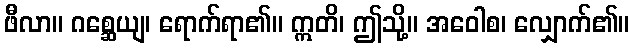
ဖီလာ။ ဂစ္ဆေယျ၊ ရောက်ရာ၏။ ဣတိ၊ ဤသို့။ အဝေါစ၊ လျှောက်၏။